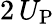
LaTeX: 2\, U_{\mathrm{P}}